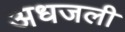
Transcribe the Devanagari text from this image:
अधजली